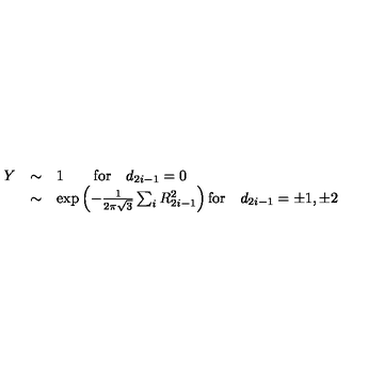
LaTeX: \begin{array} { r c l } { Y } & { \sim } & { 1 \qquad \mathrm { f o r } \quad d _ { 2 i - 1 } = 0 \nonumber } \\ { } & { \sim } & { \exp \left( - \frac { 1 } { 2 \pi \sqrt { 3 } } \sum _ { i } R _ { 2 i - 1 } ^ { 2 } \right) \mathrm { f o r } \quad d _ { 2 i - 1 } = \pm 1 , \pm 2 } \\ \end{array}